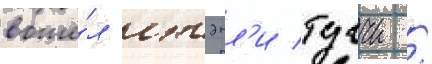
вошё́л стэнл'и туччи /